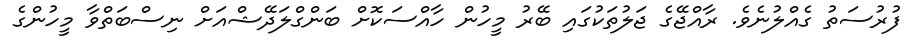
ފުރުސަތު ގެއްލުނެވެ. ރާއްޖޭގެ ޖަލުތަކުގައި ބޭރު މީހުން ހާއްސަކޮށް ބަންގްލަދޭޝްއަށް ނިސްބަތްވާ މީހުންގެ